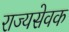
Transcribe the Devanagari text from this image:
राज्यसेवक